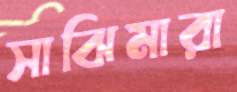
সাঝিমারা